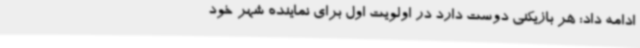
ادامه داد: هر بازیکنی دوست دارد در اولویت اول برای نماینده شهر خود